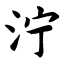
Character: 泞